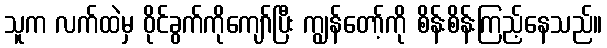
သူက လက်ထဲမှ ဝိုင်ခွက်ကိုကျော်ပြီး ကျွန်တော့်ကို စိန်းစိန်းကြည့်နေသည်။